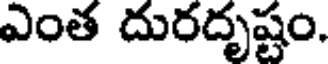
ఎంత దురదృష్టం.